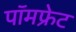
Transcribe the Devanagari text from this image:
पॉमफ्रेट